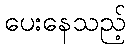
ပေးနေသည့်